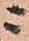
ニ